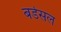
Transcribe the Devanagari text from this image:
बर्डसल